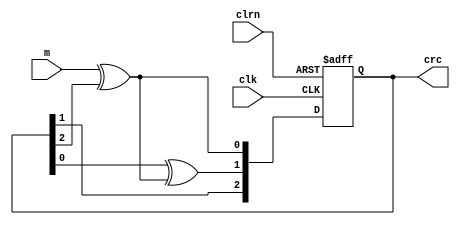
/************************************************
  The Verilog HDL code example is from the book
  Computer Principles and Design in Verilog HDL
  by Yamin Li, published by A JOHN WILEY & SONS
************************************************/
module crc3 (clk,clrn,m,crc);                  // G = x^3 + x + 1 (D = 1011)
    input            clk, clrn;                // clock and reset
    input            m;                        // message or dividend
    output reg [2:0] crc;                      // 3-bit crc code
    wire             m_xor_crc2 = m ^ crc[2]; 
    always @ (posedge clk or negedge clrn) begin
        if (!clrn) begin
            crc <= 0;
        end else begin
            crc[0] <=         m_xor_crc2;      // 1
            crc[1] <= crc[0]^ m_xor_crc2;      // x
            crc[2] <= crc[1];
        end
    end
endmodule